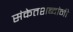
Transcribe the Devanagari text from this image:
संकेतशब्दांनी